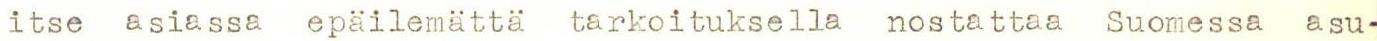
itse asiassa epäilemättä tarkoituksella nostattaa Suomessa asu-